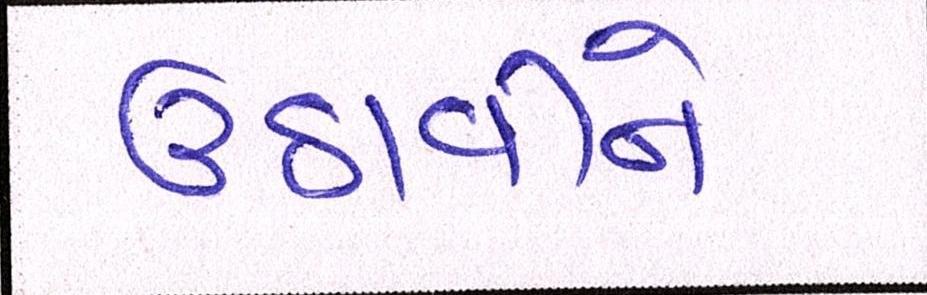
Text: ઉઠાવીને